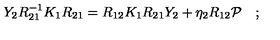
Y _ { 2 } R _ { 2 1 } ^ { - 1 } K _ { 1 } R _ { 2 1 } = R _ { 1 2 } K _ { 1 } R _ { 2 1 } Y _ { 2 } + \eta _ { 2 } R _ { 1 2 } { \cal P } \quad ; \,